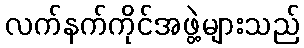
လက်နက်ကိုင်အဖွဲ့များသည်